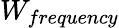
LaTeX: W_{frequency}